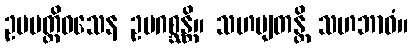
ဥပပတ္တိဝသေန ဥပဂစ္ဆန္တိ။ သဟဗျတန္တိ သဟဘာဝံ။